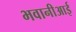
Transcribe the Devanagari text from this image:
भवानीआई